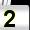
Digit: 2